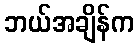
ဘယ်အချိန်က